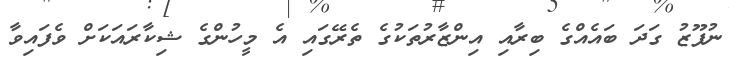
ނުފޫޒު ގަދަ ބައެއްގެ ބިރާއި އިންޒާރުތަކުގެ ތެރޭގައި އެ މީހުންގެ ޝިކާރައަކަށް ވެފައިވާ